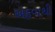
અફવાથી